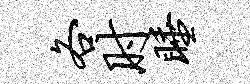
各肘睡